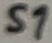
Text: S1